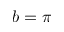
b = \pi